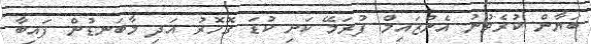
ބަޔާން ކުރެވުނު އެންޒައިމް ފުރަމޭ ކަށި ކުޑަ ގޮހޮރު އަދި މާބަނޑުން ފައިބާ